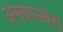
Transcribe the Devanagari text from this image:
अमवास्येस